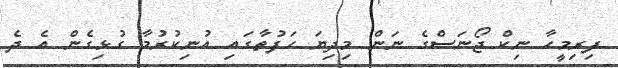
ފިރިމީހާ ނިކް ޖޯނަސްގެ ނަން މިދިޔަ ހަފުތާގައި އުނިކުރުމާ ގުޅިގެން އެ ދެ